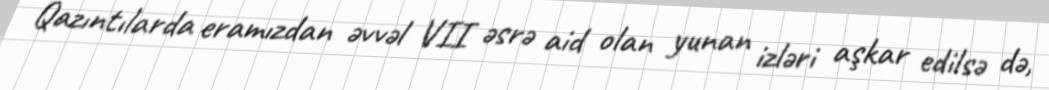
Qazıntılarda eramızdan əvvəl VII əsrə aid olan yunan izləri aşkar edilsə də,